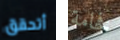
أتحقق فخامة